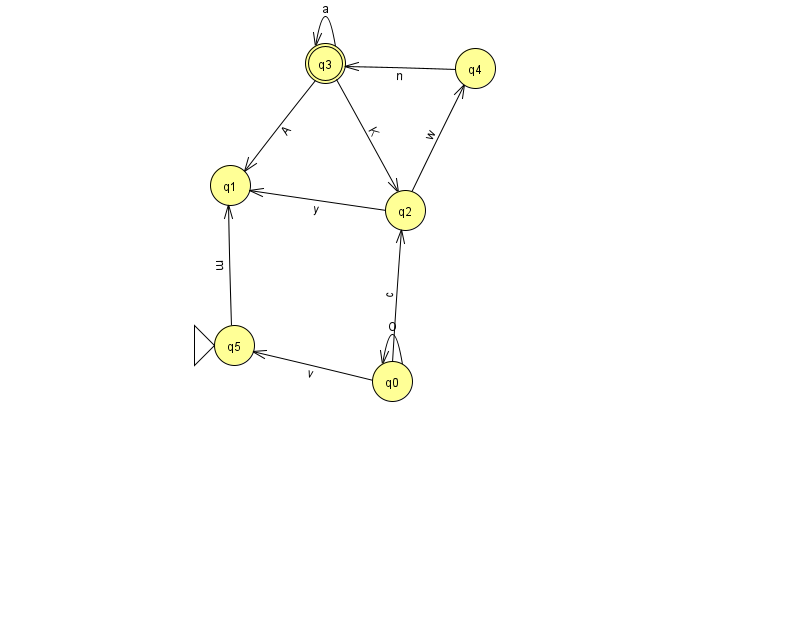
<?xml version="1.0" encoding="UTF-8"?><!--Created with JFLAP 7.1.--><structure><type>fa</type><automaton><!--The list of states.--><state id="0" name="q0"><x>392.0</x><y>368.0</y></state><state id="1" name="q1"><x>230.0</x><y>172.0</y></state><state id="2" name="q2"><x>405.0</x><y>197.0</y></state><state id="3" name="q3"><x>325.0</x><y>50.0</y><final/></state><state id="4" name="q4"><x>475.0</x><y>55.0</y></state><state id="5" name="q5"><x>234.0</x><y>332.0</y><initial/></state><!--The list of transitions.--><transition><from>4</from><to>3</to><read>n</read></transition><transition><from>2</from><to>1</to><read>y</read></transition><transition><from>3</from><to>3</to><read>a</read></transition><transition><from>0</from><to>5</to><read>v</read></transition><transition><from>0</from><to>2</to><read>c</read></transition><transition><from>3</from><to>2</to><read>K</read></transition><transition><from>2</from><to>4</to><read>w</read></transition><transition><from>3</from><to>1</to><read>A</read></transition><transition><from>5</from><to>1</to><read>m</read></transition><transition><from>0</from><to>0</to><read>O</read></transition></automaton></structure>